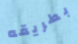
بطريقه